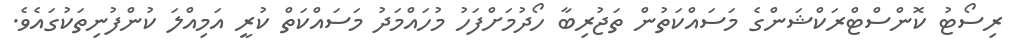
ރިސޯޓު ކޮންސްޓްރަކްޝަންގެ މަސައްކަތުން ތަޖުރިބާ ހޯދުމަށްފަހު މުހައްމަދު މަސައްކަތް ކުރީ އަމިއްލަ ކުންފުނިތަކުގައެވެ.